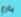
بارع